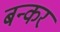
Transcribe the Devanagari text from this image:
बन्कर